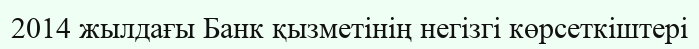
2014 жылдағы Банк қызметінің негізгі көрсеткіштері